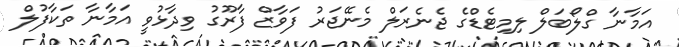
އަމާނާ ގްލޯބަލް ލިމިޓެޑްގެ ޖެނެރަލް މެނޭޖަރު ފަވާޒް ފާރޫގު ވިދާޅުވީ އަމާނާ ތަކާފުލް